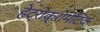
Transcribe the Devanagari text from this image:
हेट्रोक्रोमेटिक